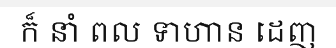
ក៏ នាំ ពល ទាហាន ដេញ